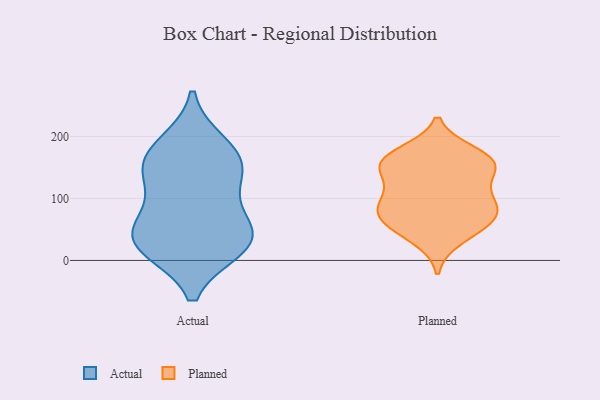
{"axis": {"x": "Operating Costs (USD K)", "y": "Value"}, "legend": ["Actual", "Planned"], "data": [{"x": "", "y": 38, "type": "Actual"}, {"x": "", "y": 30, "type": "Actual"}, {"x": "", "y": 102, "type": "Actual"}, {"x": "", "y": 164, "type": "Actual"}, {"x": "", "y": 22, "type": "Actual"}, {"x": "", "y": 54, "type": "Actual"}, {"x": "", "y": 186, "type": "Actual"}, {"x": "", "y": 149, "type": "Actual"}, {"x": "", "y": 30, "type": "Actual"}, {"x": "", "y": 150, "type": "Actual"}, {"x": "", "y": 161, "type": "Planned"}, {"x": "", "y": 173, "type": "Planned"}, {"x": "", "y": 61, "type": "Planned"}, {"x": "", "y": 158, "type": "Planned"}, {"x": "", "y": 158, "type": "Planned"}, {"x": "", "y": 73, "type": "Planned"}, {"x": "", "y": 141, "type": "Planned"}, {"x": "", "y": 36, "type": "Planned"}, {"x": "", "y": 93, "type": "Planned"}, {"x": "", "y": 75, "type": "Planned"}, {"x": "", "y": 105, "type": "Planned"}, {"x": "", "y": 153, "type": "Planned"}, {"x": "", "y": 59, "type": "Planned"}, {"x": "", "y": 99, "type": "Planned"}]}